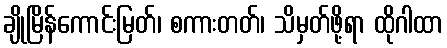
ချိုမြိန်ကောင်းမြတ်၊ စကားတတ်၊ သိမှတ်ဖို့ရာ ထိုဂါထာ